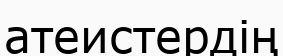
атеистердің